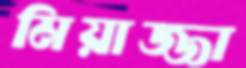
মিয়াজ্জা